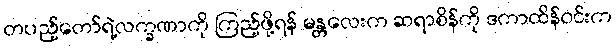
တပည့်တော်ရဲ့လက္ခဏာကို ကြည့်ဖို့ရန် မန္တလေးက ဆရာစိန်ကို ဒကာထိန်ဝင်းက